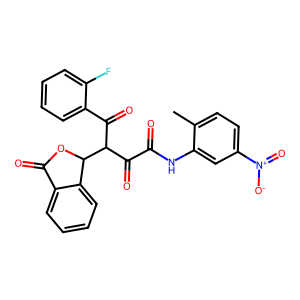
SMILES: Cc1ccc([N+](=O)[O-])cc1NC(=O)C(=O)C(C(=O)c1ccccc1F)C1OC(=O)c2ccccc21
Inhibits HIV replication: No